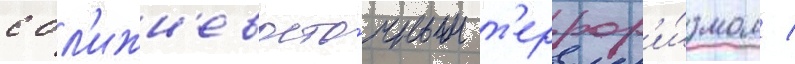
с бл'ижн'евосто́чным т'еррор'и́змом /